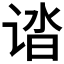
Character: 𰵸